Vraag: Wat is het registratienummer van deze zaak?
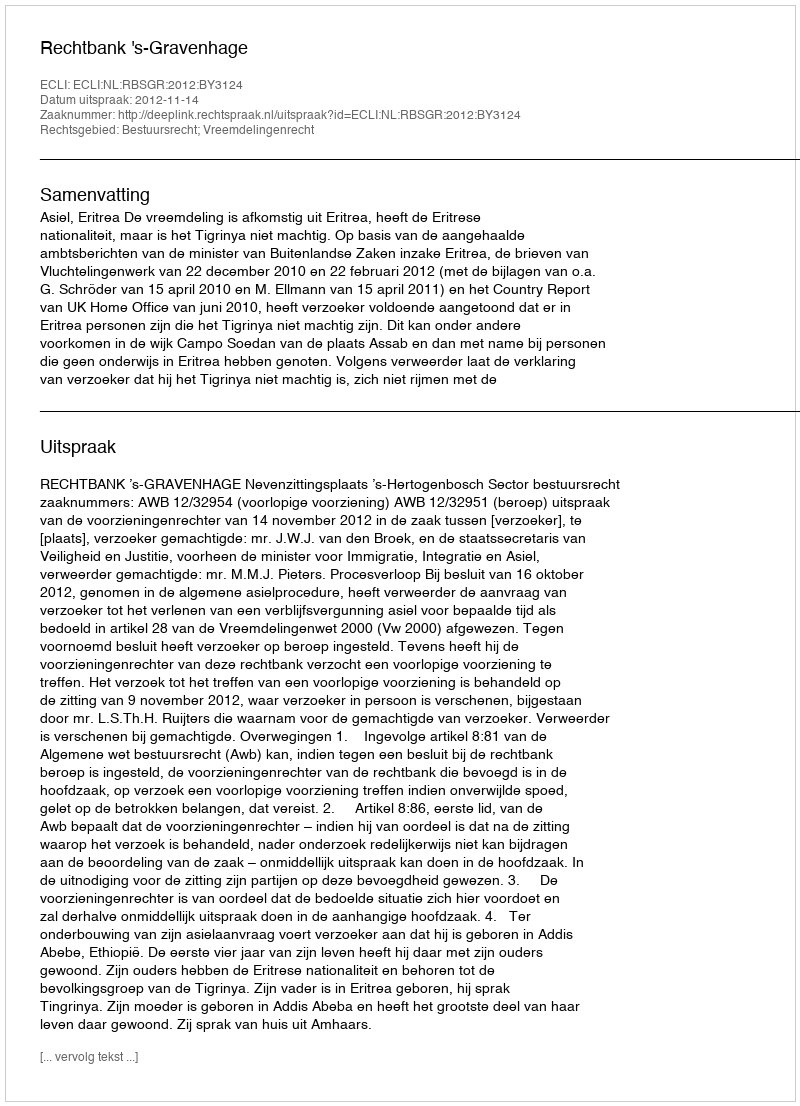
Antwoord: http://deeplink.rechtspraak.nl/uitspraak?id=ECLI:NL:RBSGR:2012:BY3124